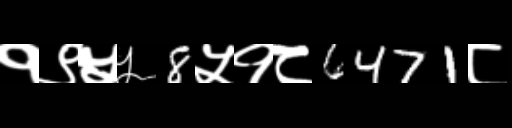
Text: १९५५8५१८6471८